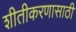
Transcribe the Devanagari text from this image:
शीतीकरणासाठी